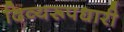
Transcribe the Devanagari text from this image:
दिव्यरूपधारी